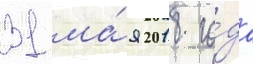
31 ма́я 2018 го́да